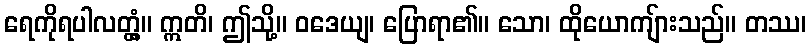
ရေကိုရပါလတ္တံ့။ ဣတိ၊ ဤသို့။ ဝဒေယျ၊ ပြောရာ၏။ သော၊ ထိုယောကျ်ားသည်။ တဿ၊